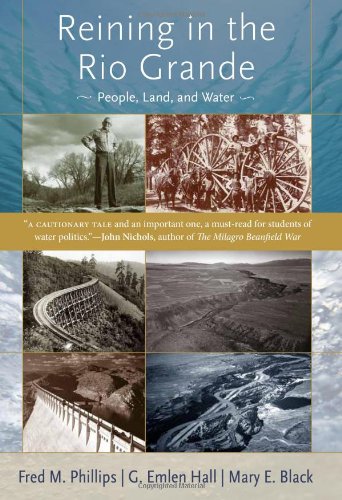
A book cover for Reining in the Rio Grande: People, Land, and Water; Fred M. Phillips; Science & Math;